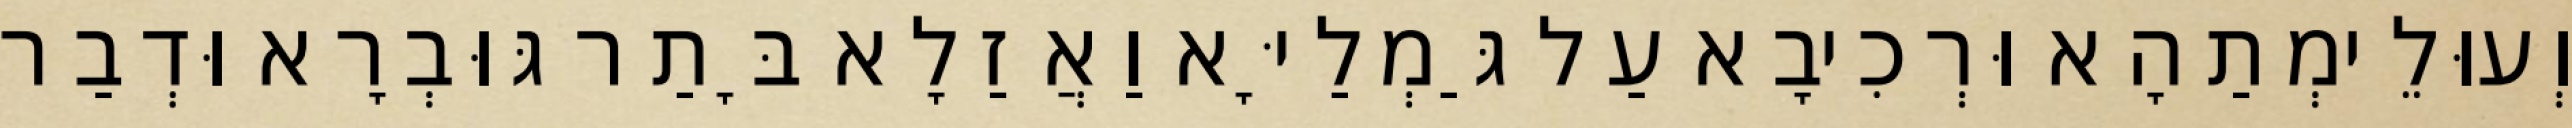
וְעוּלֵימְתַהָא וּרְכִיבָא עַל גַּמְלַיָּא וַאֲזַלָא בָּתַר גּוּבְרָא וּדְבַר